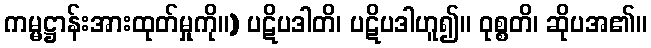
ကမ္မဋ္ဌာန်းအားထုတ်မှုကို။) ပဋိပဒါတိ၊ ပဋိပဒါဟူ၍။ ဝုစ္စတိ၊ ဆိုပအ၏။